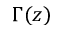
\Gamma ( z )